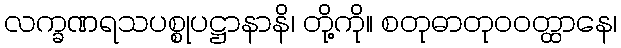
လက္ခဏရသပစ္စုပဋ္ဌာနာနိ၊ တို့ကို။ စတုဓာတုဝဝတ္ထာနေ၊